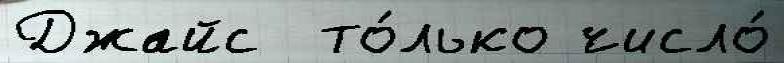
Джайс  то́лько число́